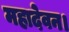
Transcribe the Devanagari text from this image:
महादेवन।